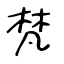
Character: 梵